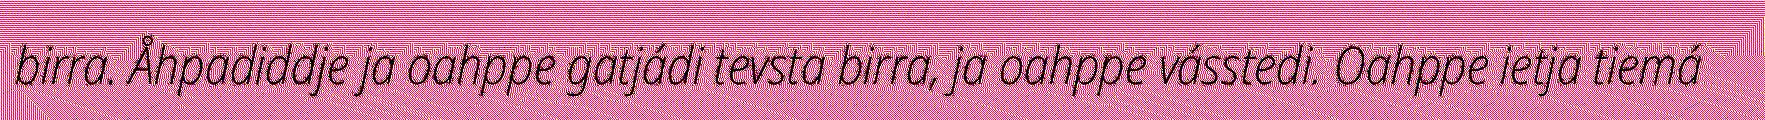
birra. Åhpadiddje ja oahppe gatjádi tevsta birra, ja oahppe vásstedi. Oahppe ietja tiemá